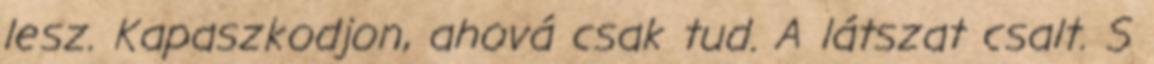
lesz. Kapaszkodjon, ahová csak tud. A látszat csalt. S